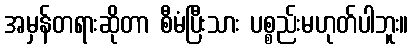
အမှန်တရားဆိုတာ စီမံပြီးသား ပစ္စည်းမဟုတ်ပါဘူး။